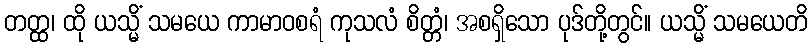
တတ္ထ၊ ထို ယသ္မိံ သမယေ ကာမာဝစရံ ကုသလံ စိတ္တံ၊ အစရှိသော ပုဒ်တို့တွင်။ ယသ္မိံ သမယေတိ